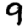
Digit: 9